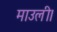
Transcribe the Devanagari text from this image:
माउली।